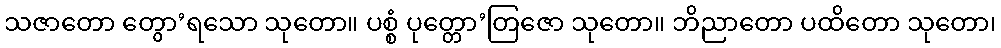
သဇာတော တွော’ရသော သုတော။ ပစ္စံ ပုတ္တော’တြဇော သုတော။ ဘိညာတော ပထိတော သုတော၊